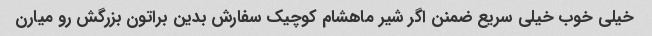
خیلی خوب خیلی سریع ضمنن اگر شیر ماهشام کوچیک سفارش بدین براتون بزرگش رو میارن